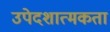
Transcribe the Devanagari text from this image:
उपेदशात्मकता